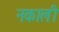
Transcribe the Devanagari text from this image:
नकाली